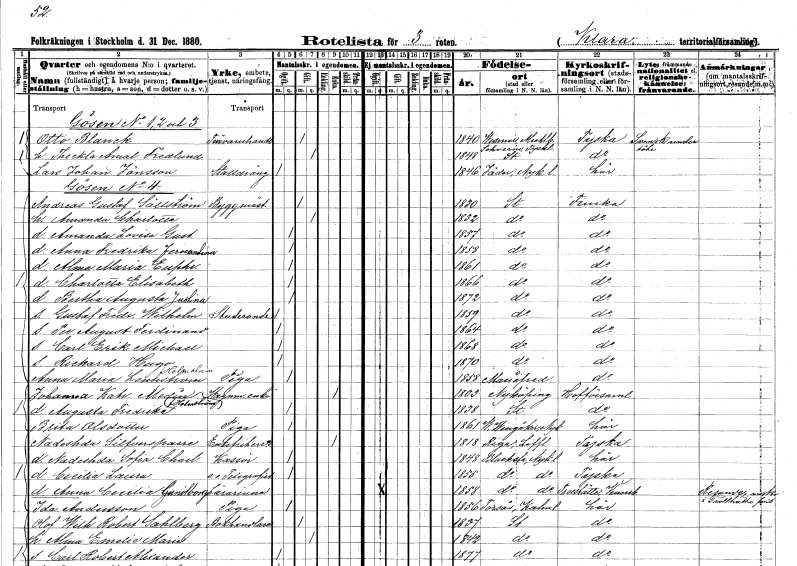
gt_parse: households: individuals: FN: Otto
EN: Blanck
YRKE: Trävaruhandlare
KON: M
CIV: G
FODAR: 1840
FN: Theckla Amalia
EN: Fredlund
KON: K
CIV: G
FODAR: 1848
FODFORS: Stockholm
FN: Lars Johan
EN: Jönsson
YRKE: Stalldräng
KON: M
CIV: O
FODAR: 1846
FODFORS: Jäder Södermanlands län
FN: Andreas Gustaf
EN: Sällström
YRKE: Byggmästare
KON: M
CIV: G
FODAR: 1830
FODFORS: Stockholm
FN: Amanda Charlotta
KON: K
CIV: G
FODAR: 1832
FODFORS: Stockholm
FN: Amanda Lovisa Gustafva
KON: K
CIV: O
FODAR: 1857
FODFORS: Stockholm
FN: Anna Fredrika Fernandina
KON: K
CIV: O
FODAR: 1858
FODFORS: Stockholm
FN: Alma Maria Euphrosyne
KON: K
CIV: O
FODAR: 1861
FODFORS: Stockholm
FN: Charlotta Elisabeth
KON: K
CIV: O
FODAR: 1866
FODFORS: Stockholm
FN: Bertha Augusta Justina
KON: K
CIV: O
FODAR: 1872
FODFORS: Stockholm
FN: Gustaf Fredrik Wilhelm
YRKE: Studerande
KON: M
CIV: O
FODAR: 1859
FODFORS: Stockholm
FN: Per August Ferdinand
KON: M
CIV: O
FODAR: 1864
FODFORS: Stockholm
FN: Carl Erik Michael
KON: M
CIV: O
FODAR: 1868
FODFORS: Stockholm
FN: Rickard Hugo
KON: M
CIV: O
FODAR: 1870
FODFORS: Stockholm
FN: Anna Maria
EN: Lennström Holmström
YRKE: Piga
KON: K
CIV: O
FODAR: 1858
FODFORS: Mariefred Södermanlands län
FN: Johanna Katrina
EN: Medin Holmström
YRKE: Vagnmakareänka
KON: K
CIV: E
FODAR: 1803
FODFORS: Nyköping Södermanlands län
FN: Augusta Fredrika
KON: K
CIV: O
FODAR: 1838
FODFORS: Stockholm
FN: Brita
EN: Olsdotter
YRKE: Piga
KON: K
CIV: O
FODAR: 1861
FODFORS: Västra Vingåker Södermanlands län
FN: Nadeshda
EN: Silfversparre
KON: K
CIV: E
FODAR: 1818
FN: Nadeshda Sofia Charlotta
YRKE: Kassör
KON: K
CIV: O
FODAR: 1848
FODFORS: Blacksta Södermanlands län
FN: Cecilia Laura
YRKE: Telegrafist e.o.
KON: K
CIV: O
FODAR: 1855
FODFORS: Blacksta Södermanlands län
FN: Anna Cecilia Gunilborg
YRKE: Lärarinna
KON: K
CIV: O
FODAR: 1858
FODFORS: Blacksta Södermanlands län
FN: Ida
EN: Andersson
YRKE: Piga
KON: K
CIV: O
FODAR: 1856
FODFORS: Torsås Kalmar län
FN: Olof Wilhelm Robert
EN: Sahlberg
YRKE: Bokhandlare
KON: M
CIV: G
FODAR: 1837
FODFORS: Stockholm
FN: Alma Emelie Marie
KON: K
CIV: G
FODAR: 1842
FODFORS: Stockholm
FN: Carl Robert Alexander
KON: M
CIV: O
FODAR: 1877
FODFORS: Stockholm